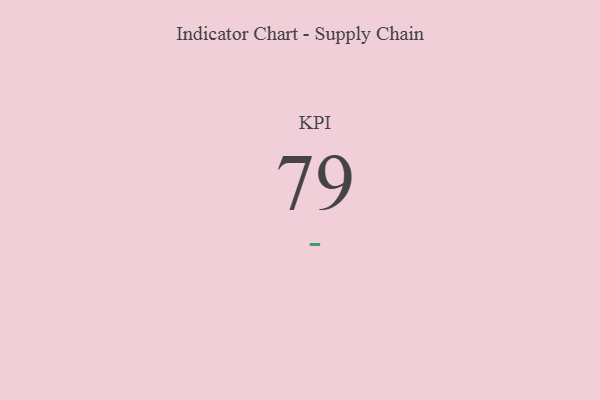
{"axis": {"x": "KPI", "y": "Value"}, "legend": [""], "data": [{"x": "KPI", "y": 79, "type": ""}]}